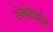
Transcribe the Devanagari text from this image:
सेलोबायोस